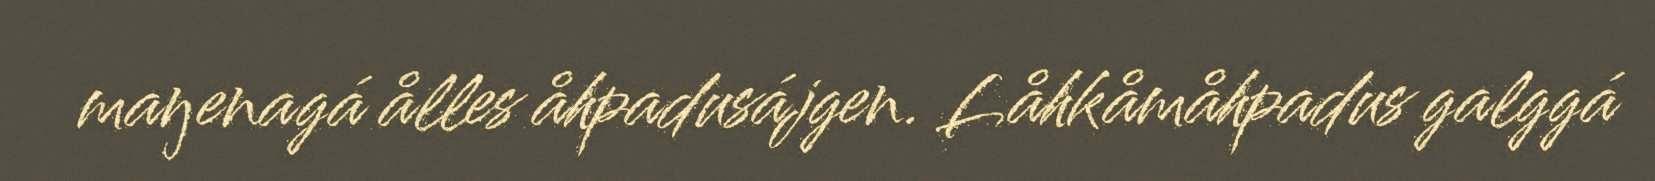
maŋenagá ålles åhpadusájgen. Låhkåmåhpadus galggá